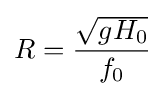
R={{\sqrt {gH_{0}}} \over f_{0}}